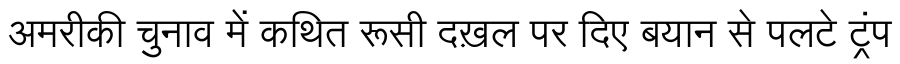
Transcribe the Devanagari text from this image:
अमरीकी चुनाव में कथित रूसी दख़ल पर दिए बयान से पलटे ट्रंप